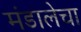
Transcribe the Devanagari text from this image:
मंडालेचा